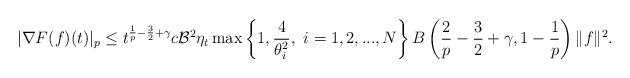
LaTeX: \begin{align*}\begin{aligned}|\nabla F(f)(t)|_p&\leq t^{\frac{1}{p}-\frac{3}{2}+\gamma}c\mathcal{B}^2\eta_t \max\left\{1,\frac{4}{\theta_i^2},\ i=1,2,...,N\right\} B\left(\frac{2}{p}-\frac{3}{2}+\gamma,1-\frac{1}{p}\right)\|f\|^2.\end{aligned}\end{align*}